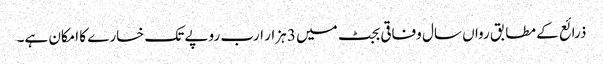
ذرائع کے مطابق رواں سال وفاقی بجٹ میں 3 ہزار ارب روپے تک خسارے کا امکان ہے۔